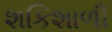
શકિશાળી